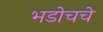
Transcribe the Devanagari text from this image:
भडोचचे